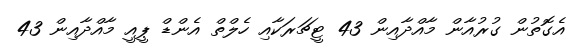
އެގޮތުން ގުރުއާން މާއްދާއިން 43 ޓީޗަރަކާއި ހެލްތް އެންޑް ޕީއީ މާއްދާއިން 43